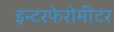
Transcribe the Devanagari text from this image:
इन्टरफेरोमीटर